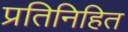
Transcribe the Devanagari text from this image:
प्रतिनिहित